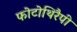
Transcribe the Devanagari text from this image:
फोटोथिरैपी